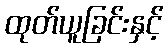
ထုတ်ယူခြင်းနှင့်